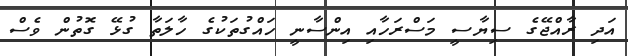
އަދި ރާއްޖޭގެ ސިޔާސީ މަސްރަހާއި އިންސާނީ ހައްގުތަކުގެ ހާލަތާ ގުޅޭ ގޮތުން ވެސް